Scottish Leaving Certificate Examination, 1956
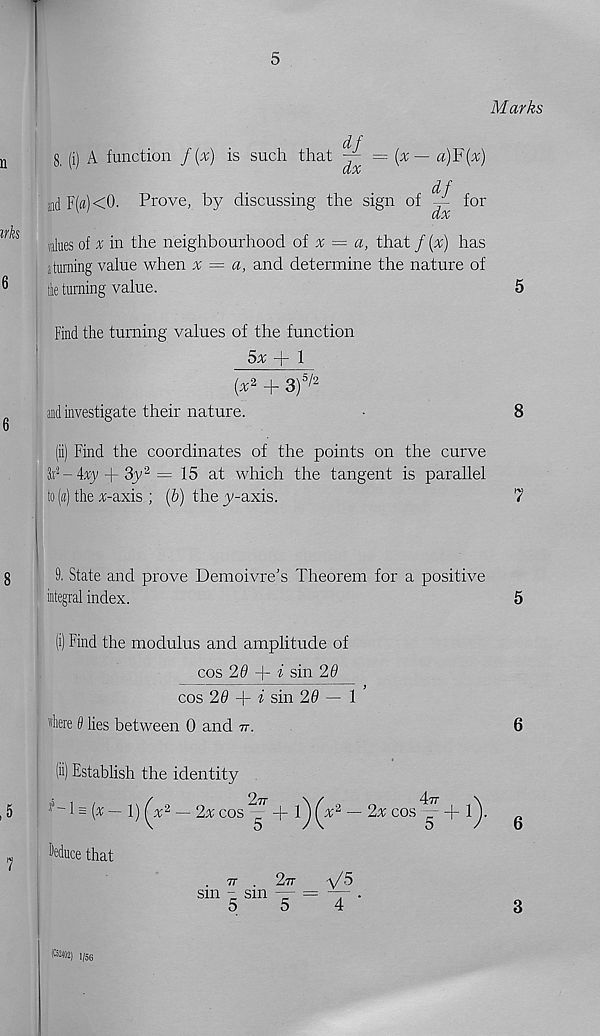
5
irks
Marks
df
8, (i) A function f {%) is such that — ={x— a)F(x)
df
aadF(a)<0. Prove, by discussing the sign of
for
CtJC
values of % in the neighbourhood of x = a, that / (x) has
a turning value when x = a, and determine the nature of
He turning value.
Find the turning values of the function
5rr + 1
{x 2 + 3) 5/2
and investigate their nature.
(ii) Find the coordinates of the points on the curve
to 2 -4yy + 3y 2 = 15 at which the tangent is parallel
to (a) the vr-axis ; (b) the y-axis.
9. State and prove Demoivre’s Theorem for a positive
integral index.
5
(i) Find the modulus and amplitude of
cos 29 + i sin 26
cos 29 -\- i sin 20—1
"here 0 lies between 0 and it.
(h) Establish the identity
fJ -1 = (%— 1) (x 2 — 2x cos _^7 " + 1^) (x 2 — 2x cos — + 1^.
deduce that
77 . 277
\/ 5
sm - sm — = —- .
5
5
4
(C)2i02) l/ 56